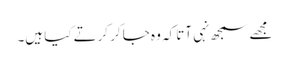
مجھے سمجھ نہی آتا کہ وہ جا کر کرتے کیا ہیں۔